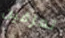
تعزفين